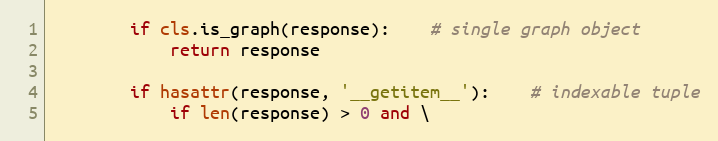
Language: Python
		if cls.is_graph(response):	# single graph object
			return response

		if hasattr(response, '__getitem__'):	# indexable tuple
			if len(response) > 0 and \